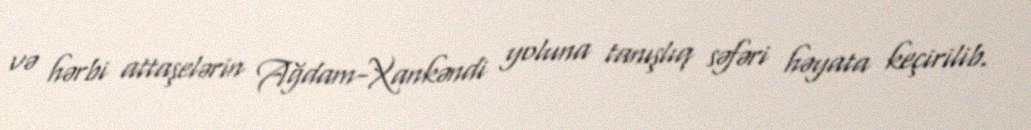
və hərbi attaşelərin Ağdam-Xankəndi yoluna tanışlıq səfəri həyata keçirilib.